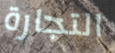
التجارة